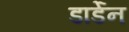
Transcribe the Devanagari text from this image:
डार्डेन